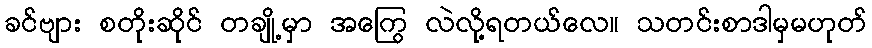
ခင်ဗျား စတိုးဆိုင် တချို့မှာ အကြွေ လဲလို့ရတယ်လေ။ သတင်းစာဒါမှမဟုတ်